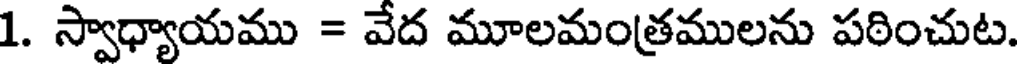
1. స్వాధ్యాయము = వేద మూలమంత్రములను పఠించుట.